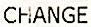
CHANGE